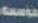
ماسه